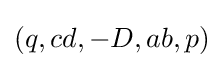
(q,cd,-D,ab,p)